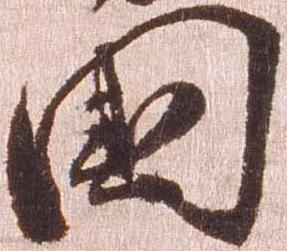
国